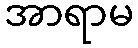
အာရာမ